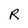
Character: R